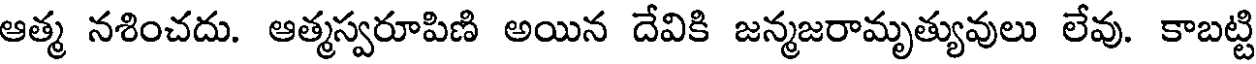
ఆత్మ నశించదు. ఆత్మస్వరూపిణి అయిన దేవికి జన్మజరామృత్యువులు లేవు. కాబట్టి